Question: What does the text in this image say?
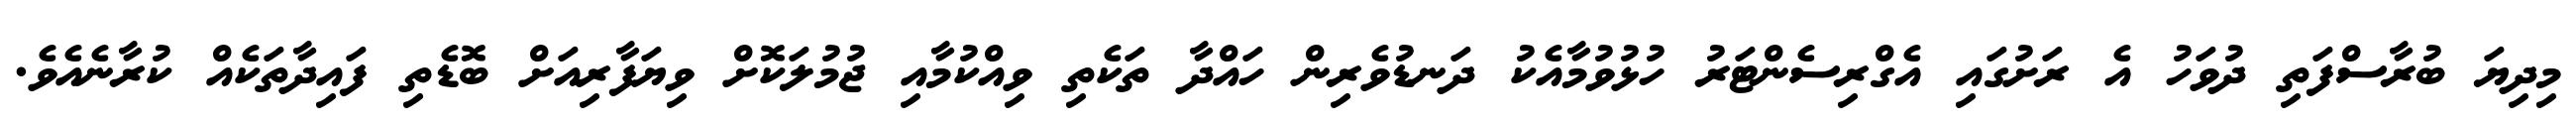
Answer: މިދިޔަ ބުރާސްފަތި ދުވަހު އެ ރަށުގައި އެގްރިސެންޓަރު ހުޅުވުމާއެކު ދަނޑުވެރިން ހައްދާ ތަކެތި ވިއްކުމާއި ޖުމުލަކޮށް ވިޔަފާރިއަށް ބޮޑެތި ފައިދާތަކެއް ކުރާނެއެވެ.